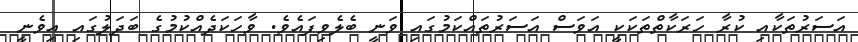
އަސަރުތަކާއި ކުރާ ހަރަކާތްތަކަކީ އަވަސް އަސަރުތައްކަމުގައި ވަނީ ބެލެވިފައެވެ. ވާހަކަދެއްކުމުގެ ބަދަލުގައި އިވެނީ